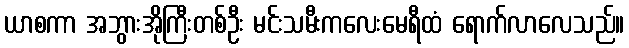
ယာစကာ အဘွားအိုကြီးတစ်ဦး မင်းသမီးကလေးမေရီထံ ရောက်လာလေသည်။